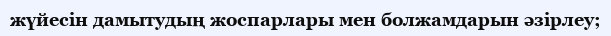
жүйесін дамытудың жоспарлары мен болжамдарын әзірлеу;